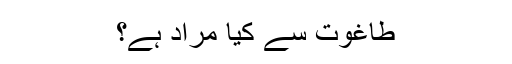
طاغوت سے کیا مراد ہے؟